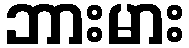
ဘားမား